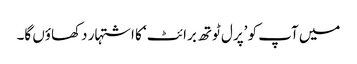
میں آپ کو ’پرل ٹوتھ برائٹ‘ کا اشتہار دکھاؤں گا۔